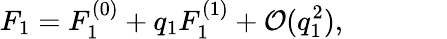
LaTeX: F_{1}=F_{1}^{(0)}+q_{1}F_{1}^{(1)}+\mathcal{O}(q_{1}^{2}),~~~~~~~~~~~~~~